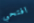
افتحي